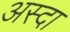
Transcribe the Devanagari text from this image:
अस्दा